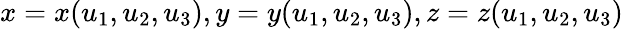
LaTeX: x=x(u_{1},u_{2},u_{3}),y=y(u_{1},u_{2},u_{3}),z=z(u_{1},u_{2},u_{3})